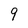
Character: 9